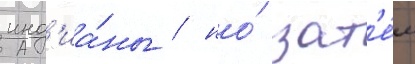
инд'иа́ны / но́ зат'е́м